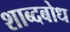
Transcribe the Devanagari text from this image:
शाब्दबोध